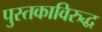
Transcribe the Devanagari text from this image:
पुस्तकाविरुद्ध